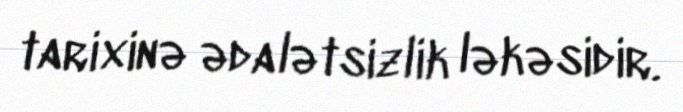
tarixinə ədalətsizlik ləkəsidir.